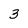
Character: 3